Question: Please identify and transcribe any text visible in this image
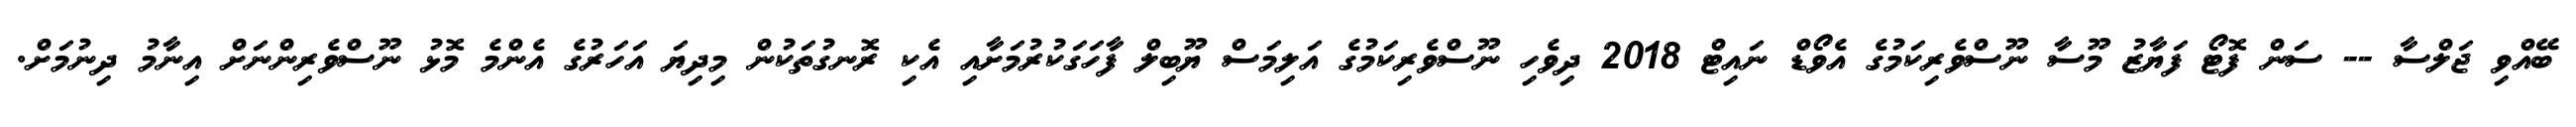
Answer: ބޭއްވި ޖަލްސާ -- ސަން ފޮޓޯ ފަޔާޒު މޫސާ ނޫސްވެރިކަމުގެ އެވޯޑް ނައިޓް 2018 ދިވެހި ނޫސްވެރިކަމުގެ އަލިމަސް ޔޫބިލް ފާހަގަކުރުމަށާއި އެކި ރޮނގުތަކުން މިދިޔަ އަހަރުގެ އެންމެ މޮޅު ނޫސްވެރިންނަށް އިނާމު ދިނުމަށް.